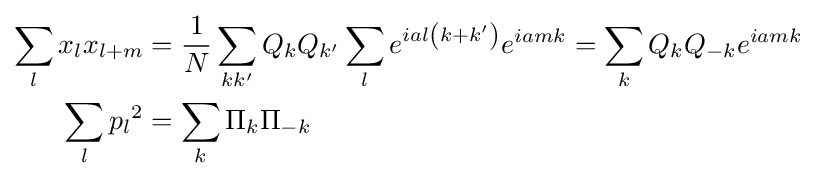
{\begin{aligned}\sum _{l}x_{l}x_{l+m}&={\frac {1}{N}}\sum _{kk'}Q_{k}Q_{k'}\sum _{l}e^{ial\left(k+k'\right)}e^{iamk}=\sum _{k}Q_{k}Q_{-k}e^{iamk}\\\sum _{l}{p_{l}}^{2}&=\sum _{k}\Pi _{k}\Pi _{-k}\end{aligned}}